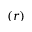
( r )